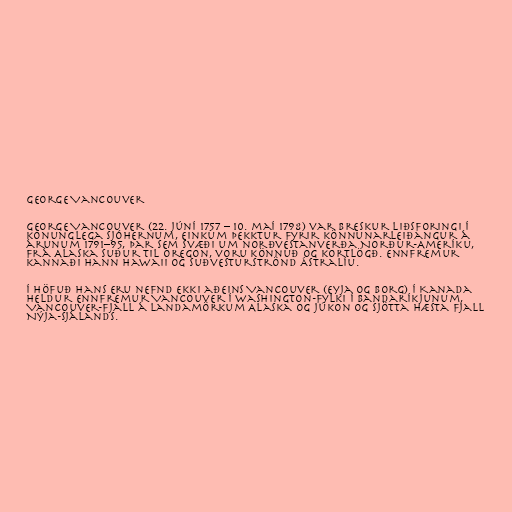
George Vancouver

George Vancouver (22. júní 1757 – 10. maí 1798) var breskur liðsforingi í
konunglega sjóhernum, einkum þekktur fyrir könnunarleiðangur á
árunum 1791–95, þar sem svæði um norðvestanverða Norður-Ameríku,
frá Alaska suður til Oregon, voru könnuð og kortlögð. Ennfremur
kannaði hann Hawaii og suðvesturströnd Ástralíu.

Í höfuð hans eru nefnd ekki aðeins Vancouver (eyja og borg) í Kanada
heldur ennfremur Vancouver í Washington-fylki í Bandaríkjunum,
Vancouver-fjall á landamörkum Alaska og Júkon og sjötta hæsta fjall
Nýja-Sjálands.